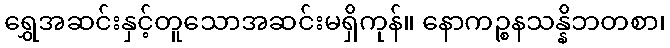
ရွှေအဆင်းနှင့်တူသောအဆင်းမရှိကုန်။ နောကဉ္စနသန္နိဘတစာ၊